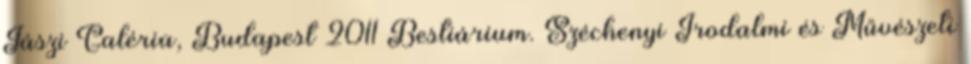
Jászi Galéria, Budapest 2011 Bestiárium. Széchenyi Irodalmi és Művészeti